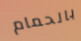
بالحمام